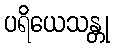
ပရိယေသန္တု